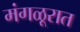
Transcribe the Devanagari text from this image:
मंगळूरात